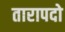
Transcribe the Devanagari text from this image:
तारापदो